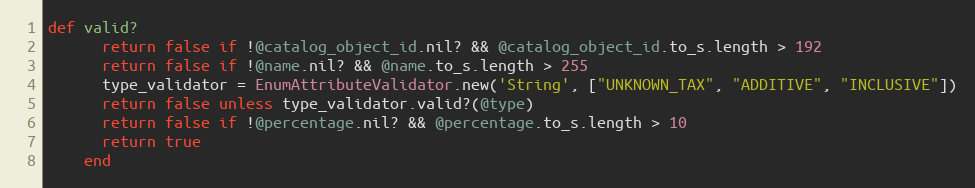
Language: Ruby
def valid?
      return false if !@catalog_object_id.nil? && @catalog_object_id.to_s.length > 192
      return false if !@name.nil? && @name.to_s.length > 255
      type_validator = EnumAttributeValidator.new('String', ["UNKNOWN_TAX", "ADDITIVE", "INCLUSIVE"])
      return false unless type_validator.valid?(@type)
      return false if !@percentage.nil? && @percentage.to_s.length > 10
      return true
    end